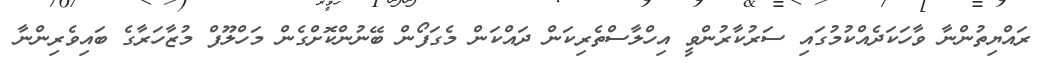
ރައްޔިތުންނާ ވާހަކަދެއްކުމުގައި ސަރުކާރުންވީ އިހްލާސްތެރިކަން ދައްކަން މެގަފޯން ބޭނުންކޮށްގެން މަހްލޫފް މުޒާހަރާގެ ބައިވެރިންނާ